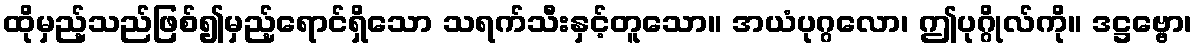
ထိုမှည့်သည်ဖြစ်၍မှည့်ရောင်ရှိသော သရက်သီးနှင့်တူသော။ အယံပုဂ္ဂလော၊ ဤပုဂ္ဂိုလ်ကို။ ဒဋ္ဌဗ္ဗော၊